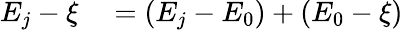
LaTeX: \begin{array}{rl}{E_{j}-\xi}&{{}=(E_{j}-E_{0})+(E_{0}-\xi)}\end{array}